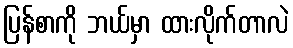
ပြန်စာကို ဘယ်မှာ ထားလိုက်တာလဲ